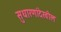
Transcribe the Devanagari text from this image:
सुधारणांदेखील